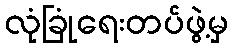
လုံခြုံရေးတပ်ဖွဲ့မှ